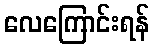
လေကြောင်းရန်